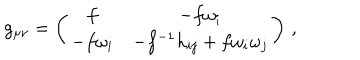
g _ { \mu \nu } = \left( \begin{array} { c c } { { f } } & { { - f \omega _ { i } } } \\ { { - f \omega _ { i } } } & { { - f ^ { - 1 } h _ { i j } + f \omega _ { i } \omega _ { j } } } \\ \end{array} \right) \, ,